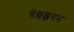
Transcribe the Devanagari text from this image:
चेल्लक्कपन